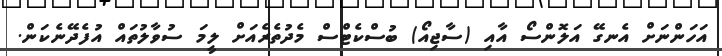
އަހަންނަށް އެނގޭ އަލޮންސޯ އާއި (ސާޖިއޯ) ބުސްކެޓްސް މެދުތެރެއަށް ލީމަ ސުވާލުތައް އުފެދޭނެކަން.